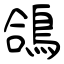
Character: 鴿